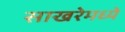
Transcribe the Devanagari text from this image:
साखरेमध्ये